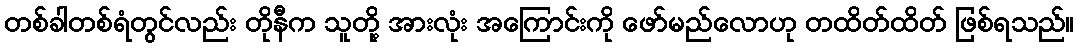
တစ်ခါတစ်ရံတွင်လည်း တိုနီက သူတို့ အားလုံး အကြောင်းကို ဖော်မည်လောဟု တထိတ်ထိတ် ဖြစ်ရသည်။